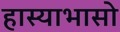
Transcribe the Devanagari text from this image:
हास्याभासो